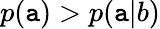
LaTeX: p(\mathtt{a})>p(\mathtt{a}|b)